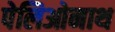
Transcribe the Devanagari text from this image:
पेलिओनाथ